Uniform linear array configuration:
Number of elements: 48
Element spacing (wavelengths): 0.25
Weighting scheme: kaiser
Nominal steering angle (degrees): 30
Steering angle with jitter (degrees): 31.784
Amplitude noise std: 0.05
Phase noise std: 0.05

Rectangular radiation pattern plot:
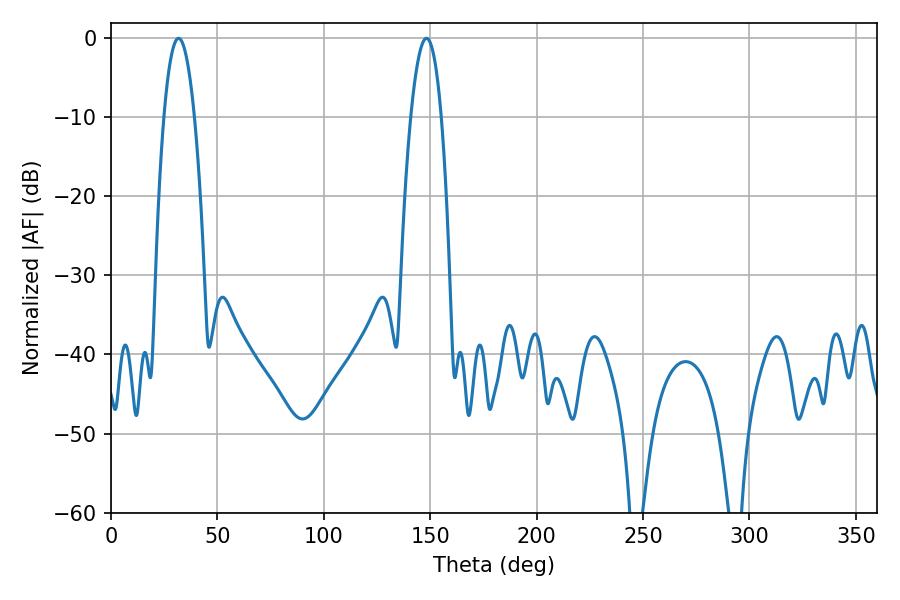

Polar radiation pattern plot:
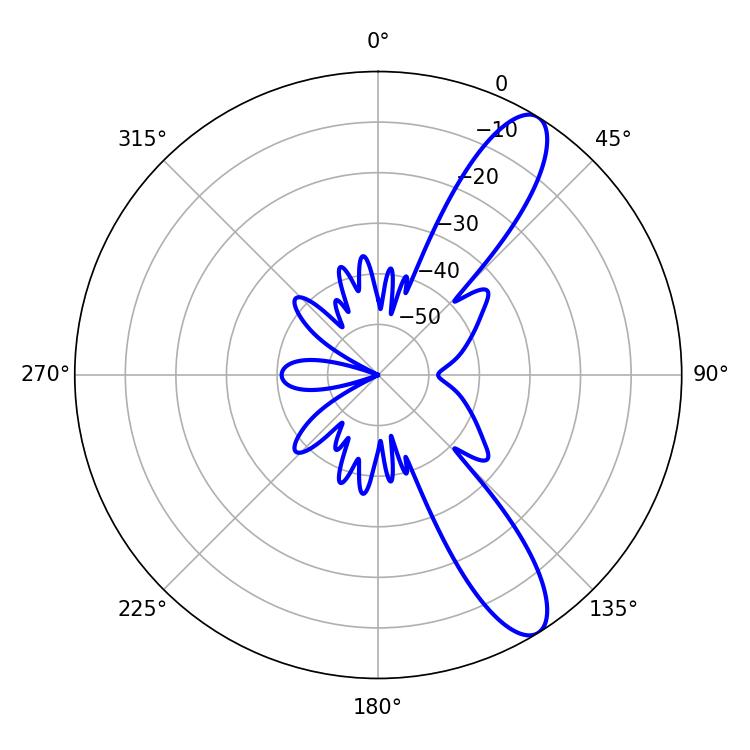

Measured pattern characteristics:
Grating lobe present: FALSE
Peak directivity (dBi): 11.058
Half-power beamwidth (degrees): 7.92
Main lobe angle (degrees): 31.68